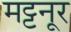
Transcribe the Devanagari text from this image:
मट्टनूर